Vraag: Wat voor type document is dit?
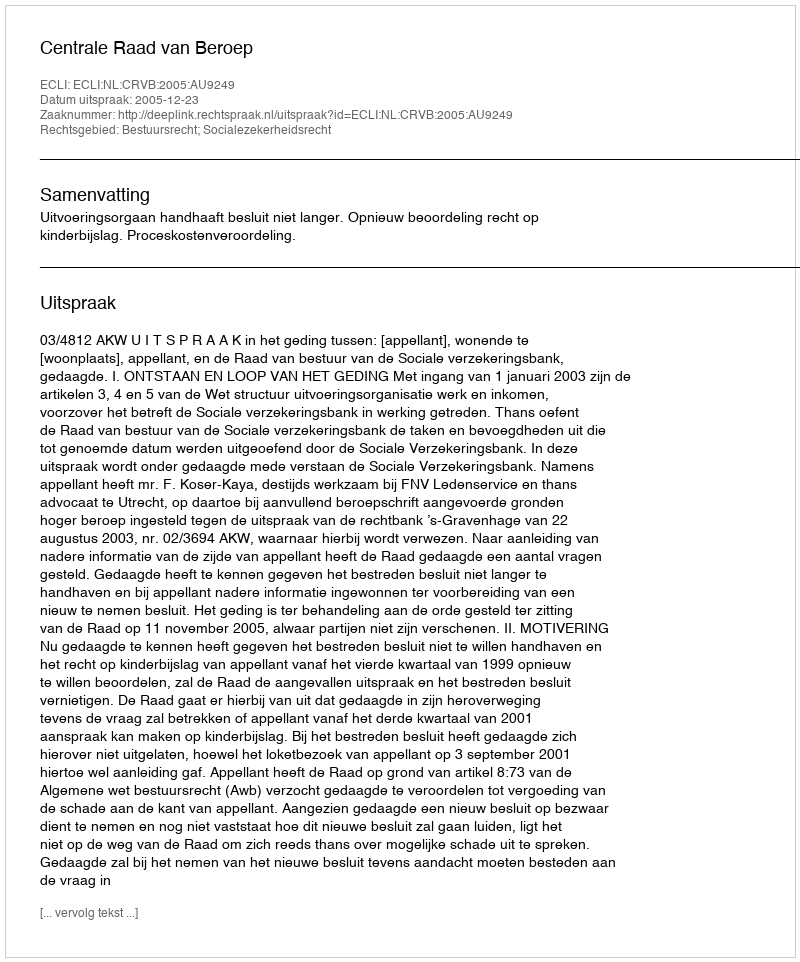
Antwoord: Uitspraak